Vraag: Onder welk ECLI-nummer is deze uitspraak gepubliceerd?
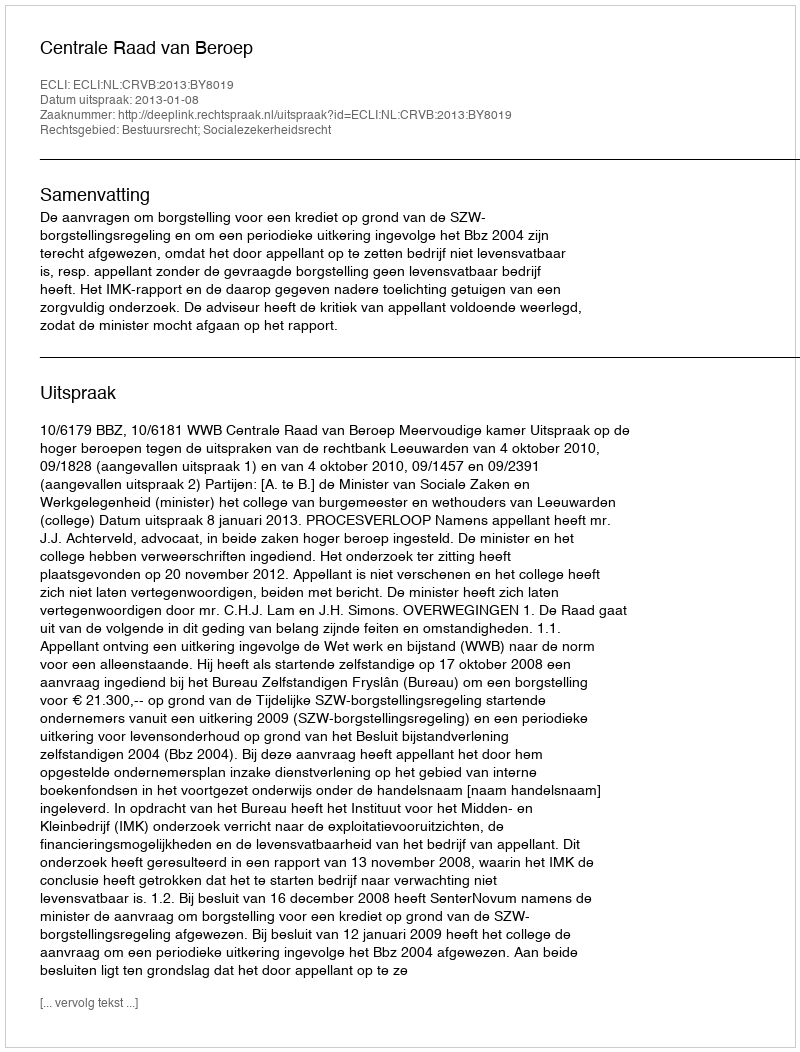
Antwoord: ECLI:NL:CRVB:2013:BY8019